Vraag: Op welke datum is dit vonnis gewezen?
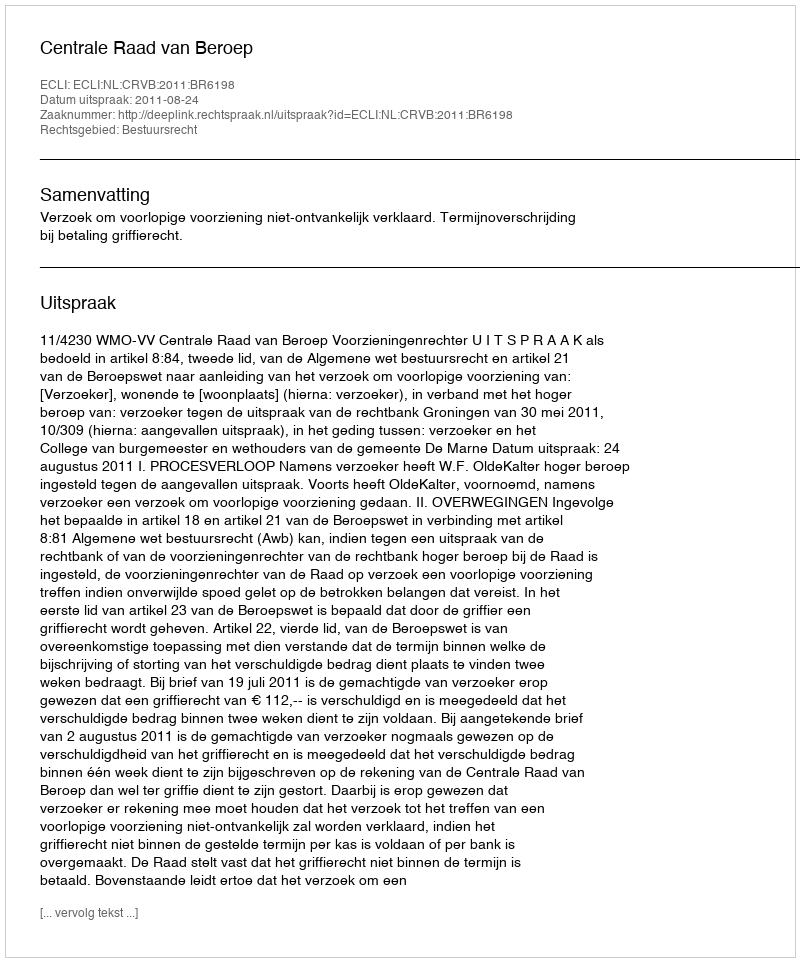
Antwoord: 2011-08-24